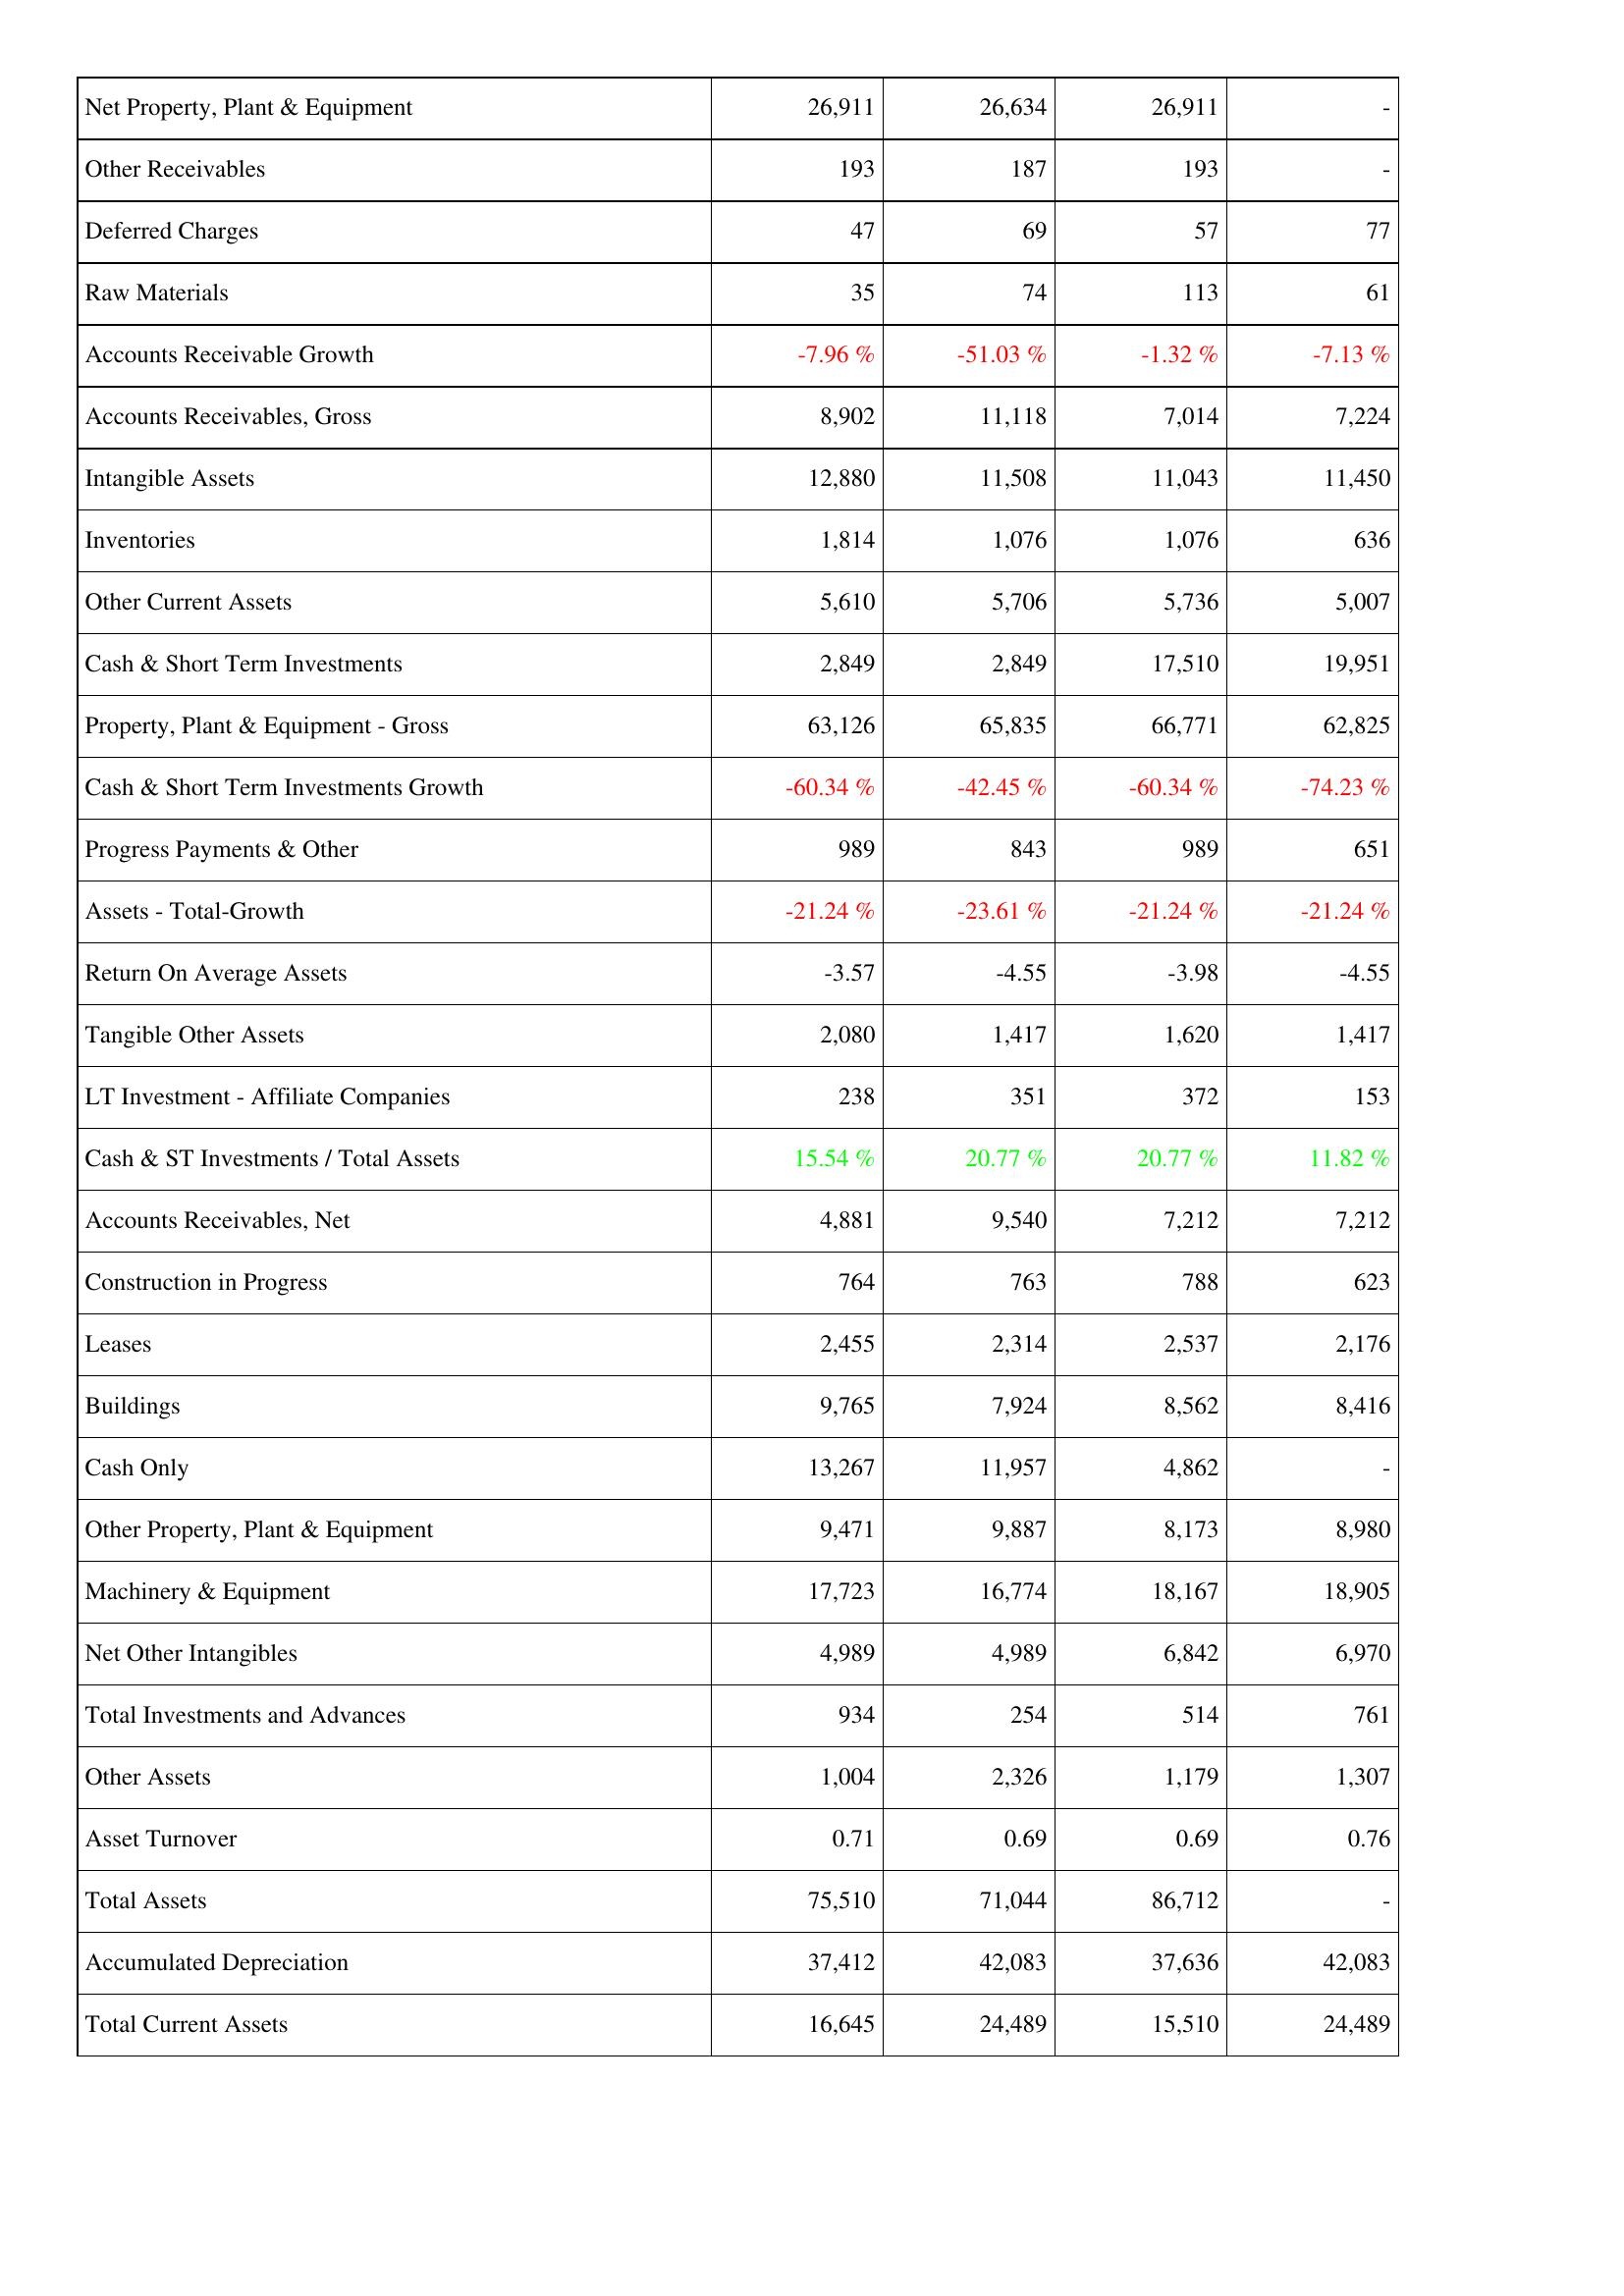
2016: Assets: Net Property, Plant & Equipment: 26,911
Other Receivables: 193
Deferred Charges: 47
Raw Materials: 35
Accounts Receivable Growth: -7.96 %
Accounts Receivables, Gross: 8,902
Intangible Assets: 12,880
Inventories: 1,814
Other Current Assets: 5,610
Cash & Short Term Investments: 2,849
Property, Plant & Equipment - Gross: 63,126
Cash & Short Term Investments Growth: -60.34 %
Progress Payments & Other: 989
Assets - Total-Growth: -21.24 %
Return On Average Assets: -3.57
Tangible Other Assets: 2,080
LT Investment - Affiliate Companies: 238
Cash & ST Investments / Total Assets: 15.54 %
Accounts Receivables, Net: 4,881
Construction in Progress: 764
Leases: 2,455
Buildings: 9,765
Cash Only: 13,267
Other Property, Plant & Equipment: 9,471
Machinery & Equipment: 17,723
Net Other Intangibles: 4,989
Total Investments and Advances: 934
Other Assets: 1,004
Asset Turnover: 0.71
Total Assets: 75,510
Accumulated Depreciation: 37,412
Total Current Assets: 16,645
2015: Assets: Net Property, Plant & Equipment: 26,634
Other Receivables: 187
Deferred Charges: 69
Raw Materials: 74
Accounts Receivable Growth: -51.03 %
Accounts Receivables, Gross: 11,118
Intangible Assets: 11,508
Inventories: 1,076
Other Current Assets: 5,706
Cash & Short Term Investments: 2,849
Property, Plant & Equipment - Gross: 65,835
Cash & Short Term Investments Growth: -42.45 %
Progress Payments & Other: 843
Assets - Total-Growth: -23.61 %
Return On Average Assets: -4.55
Tangible Other Assets: 1,417
LT Investment - Affiliate Companies: 351
Cash & ST Investments / Total Assets: 20.77 %
Accounts Receivables, Net: 9,540
Construction in Progress: 763
Leases: 2,314
Buildings: 7,924
Cash Only: 11,957
Other Property, Plant & Equipment: 9,887
Machinery & Equipment: 16,774
Net Other Intangibles: 4,989
Total Investments and Advances: 254
Other Assets: 2,326
Asset Turnover: 0.69
Total Assets: 71,044
Accumulated Depreciation: 42,083
Total Current Assets: 24,489
2014: Assets: Net Property, Plant & Equipment: 26,911
Other Receivables: 193
Deferred Charges: 57
Raw Materials: 113
Accounts Receivable Growth: -1.32 %
Accounts Receivables, Gross: 7,014
Intangible Assets: 11,043
Inventories: 1,076
Other Current Assets: 5,736
Cash & Short Term Investments: 17,510
Property, Plant & Equipment - Gross: 66,771
Cash & Short Term Investments Growth: -60.34 %
Progress Payments & Other: 989
Assets - Total-Growth: -21.24 %
Return On Average Assets: -3.98
Tangible Other Assets: 1,620
LT Investment - Affiliate Companies: 372
Cash & ST Investments / Total Assets: 20.77 %
Accounts Receivables, Net: 7,212
Construction in Progress: 788
Leases: 2,537
Buildings: 8,562
Cash Only: 4,862
Other Property, Plant & Equipment: 8,173
Machinery & Equipment: 18,167
Net Other Intangibles: 6,842
Total Investments and Advances: 514
Other Assets: 1,179
Asset Turnover: 0.69
Total Assets: 86,712
Accumulated Depreciation: 37,636
Total Current Assets: 15,510
2013: Assets: Net Property, Plant & Equipment: -
Other Receivables: -
Deferred Charges: 77
Raw Materials: 61
Accounts Receivable Growth: -7.13 %
Accounts Receivables, Gross: 7,224
Intangible Assets: 11,450
Inventories: 636
Other Current Assets: 5,007
Cash & Short Term Investments: 19,951
Property, Plant & Equipment - Gross: 62,825
Cash & Short Term Investments Growth: -74.23 %
Progress Payments & Other: 651
Assets - Total-Growth: -21.24 %
Return On Average Assets: -4.55
Tangible Other Assets: 1,417
LT Investment - Affiliate Companies: 153
Cash & ST Investments / Total Assets: 11.82 %
Accounts Receivables, Net: 7,212
Construction in Progress: 623
Leases: 2,176
Buildings: 8,416
Cash Only: -
Other Property, Plant & Equipment: 8,980
Machinery & Equipment: 18,905
Net Other Intangibles: 6,970
Total Investments and Advances: 761
Other Assets: 1,307
Asset Turnover: 0.76
Total Assets: -
Accumulated Depreciation: 42,083
Total Current Assets: 24,489